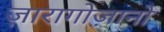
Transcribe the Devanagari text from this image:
ज़ारागोज़ानो